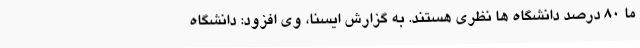
ما 80 درصد دانشگاه ها نظری هستند. به گزارش ایسنا، وی افزود: دانشگاه